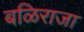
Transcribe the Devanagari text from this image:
बळिराजा